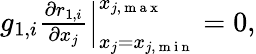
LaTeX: \begin{array}{r}{g_{1,i}\frac{\partial r_{1,i}}{\partial x_{j}}\Big|_{x_{j}=x_{j,\mathrm{~m~i~n~}}}^{x_{j,\mathrm{~m~a~x~}}}=0,}\end{array}